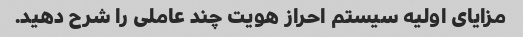
مزایای اولیه سیستم احراز هویت چند عاملی را شرح دهید.